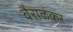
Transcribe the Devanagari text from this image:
वैराळकर